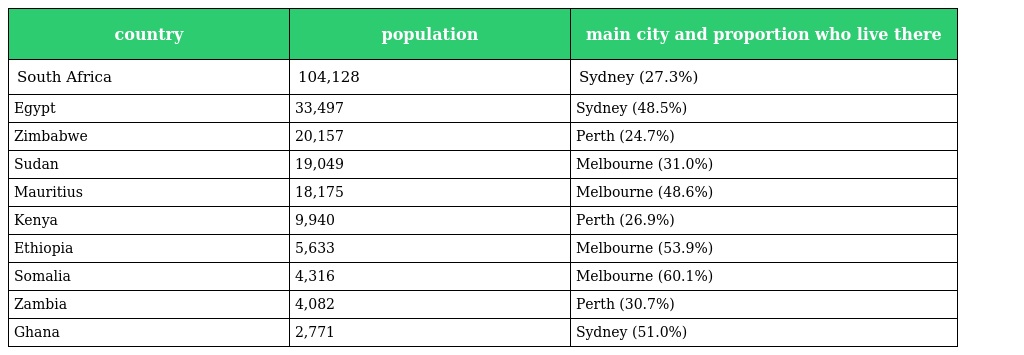
| country | population | main city and proportion who live there |
 | --- | --- | --- |
 | South Africa | 104,128 | Sydney (27.3%) |
 | Egypt | 33,497 | Sydney (48.5%) |
 | Zimbabwe | 20,157 | Perth (24.7%) |
 | Sudan | 19,049 | Melbourne (31.0%) |
 | Mauritius | 18,175 | Melbourne (48.6%) |
 | Kenya | 9,940 | Perth (26.9%) |
 | Ethiopia | 5,633 | Melbourne (53.9%) |
 | Somalia | 4,316 | Melbourne (60.1%) |
 | Zambia | 4,082 | Perth (30.7%) |
 | Ghana | 2,771 | Sydney (51.0%) |